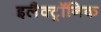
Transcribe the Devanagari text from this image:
इलैक्‍ट्रॉनिक